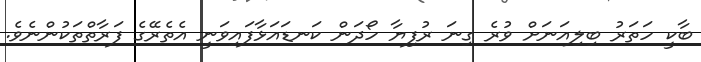
ބާކީ ހަތަރު ބިލިއަނަށް ވުރެ ގިނަ ރުފިޔާ ހޯދަން ކަނޑައަޅާފައިވަނީ އެތެރޭގެ ފަރާތްތަކުންނެވެ.